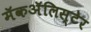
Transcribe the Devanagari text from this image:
मॅकॲलिस्टेर